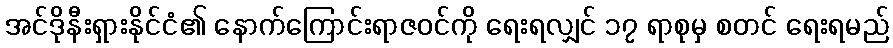
အင်ဒိုနီးရှားနိုင်ငံ၏ နောက်ကြောင်းရာဇဝင်ကို ရေးရလျှင် ၁၇ ရာစုမှ စတင် ရေးရမည်